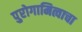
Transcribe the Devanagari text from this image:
पुरोगामित्वाचा